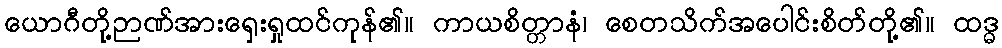
ယောဂီတို့ဉာဏ်အားရှေးရှုထင်ကုန်၏။ ကာယစိတ္တာနံ၊ စေတသိက်အပေါင်းစိတ်တို့၏။ ထဒ္ဓ